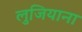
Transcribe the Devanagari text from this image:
लुजियाना